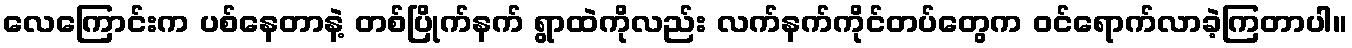
လေကြောင်းက ပစ်နေတာနဲ့ တစ်ပြိုက်နက် ရွာထဲကိုလည်း လက်နက်ကိုင်တပ်တွေက ဝင်ရောက်လာခဲ့ကြတာပါ။